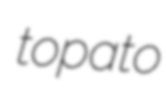
topato